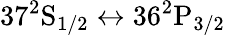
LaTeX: \mathrm{37^{2}S_{1/2}}\leftrightarrow\mathrm{36^{2}P_{3/2}}